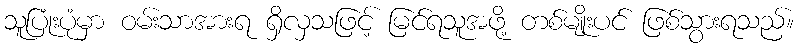
သူပြုံးပုံမှာ ဝမ်းသာအားရ ရှိလှသဖြင့် မြင်ရသူအဖို့ တစ်မျိုးပင် ဖြစ်သွားရသည်။